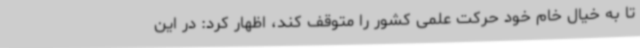
تا به خیال خام خود حرکت علمی کشور را متوقف کند، اظهار کرد: در این